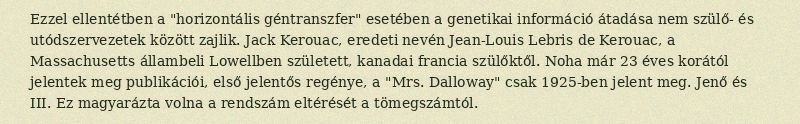
Ezzel ellentétben a "horizontális géntranszfer" esetében a genetikai információ átadása nem szülő- és utódszervezetek között zajlik. Jack Kerouac, eredeti nevén Jean-Louis Lebris de Kerouac, a Massachusetts állambeli Lowellben született, kanadai francia szülőktől. Noha már 23 éves korától jelentek meg publikációi, első jelentős regénye, a "Mrs. Dalloway" csak 1925-ben jelent meg. Jenő és III. Ez magyarázta volna a rendszám eltérését a tömegszámtól.